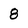
Character: 8